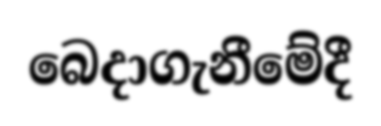
බෙදාගැනීමේදී